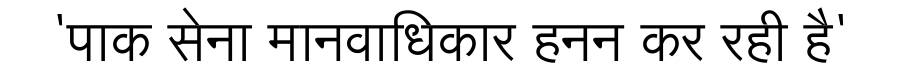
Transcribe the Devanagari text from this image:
'पाक सेना मानवाधिकार हनन कर रही है'